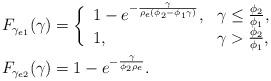
LaTeX: \begin{align*}F_{\gamma_{e1}}(\gamma)&=\bigg\{\begin{array}{ll}1-e^{-\frac{\gamma}{\rho_{e}(\phi_{2}-\phi_{1}\gamma)}}, & \gamma\leq\frac{\phi_{2}}{\phi_{1}},\\1, & \gamma>\frac{\phi_{2}}{\phi_{1}},\end{array}\bigg.\\F_{\gamma_{e2}}(\gamma)&=1-e^{-\frac{\gamma}{\phi_2\rho_e}}.\end{align*}